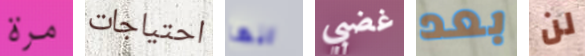
مرة احتياجات انها غضبي بعد لن